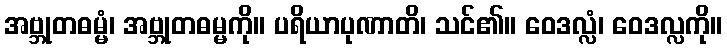
အဗ္ဘုတဓမ္မံ၊ အဗ္ဘုတဓမ္မကို။ ပရိယာပုဏာတိ၊ သင်၏။ ဝေဒလ္လံ၊ ဝေဒလ္လကို။